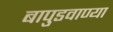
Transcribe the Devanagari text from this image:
बापुडवाण्या